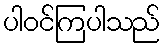
ပါဝင်ကြပါသည်